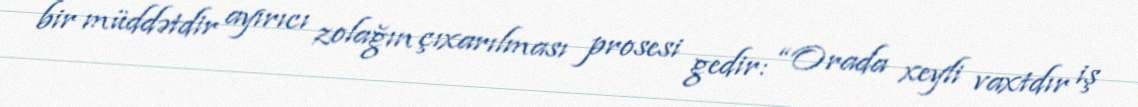
bir müddətdir ayırıcı zolağın çıxarılması prosesi gedir: “Orada xeyli vaxtdır iş